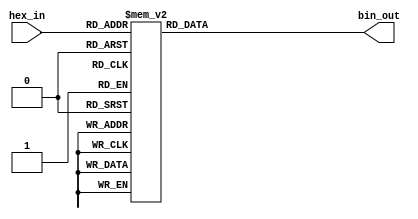
module hex_to_bin_encoder (
    input  wire [3:0] hex_in,  // 4-bit input representing hexadecimal digit
    output reg  [3:0] bin_out   // 4-bit output representing binary equivalent
);

// Combinational logic to map hex_in to bin_out
always @(*) begin
    case (hex_in)
        4'b0000: bin_out = 4'b0000; // 0
        4'b0001: bin_out = 4'b0001; // 1
        4'b0010: bin_out = 4'b0010; // 2
        4'b0011: bin_out = 4'b0011; // 3
        4'b0100: bin_out = 4'b0100; // 4
        4'b0101: bin_out = 4'b0101; // 5
        4'b0110: bin_out = 4'b0110; // 6
        4'b0111: bin_out = 4'b0111; // 7
        4'b1000: bin_out = 4'b1000; // 8
        4'b1001: bin_out = 4'b1001; // 9
        4'b1010: bin_out = 4'b1010; // A
        4'b1011: bin_out = 4'b1011; // B
        4'b1100: bin_out = 4'b1100; // C
        4'b1101: bin_out = 4'b1101; // D
        4'b1110: bin_out = 4'b1110; // E
        4'b1111: bin_out = 4'b1111; // F
        default: bin_out = 4'b0000; // Default case (not necessary as input is 4 bits)
    endcase
end

endmodule